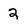
Character: 2